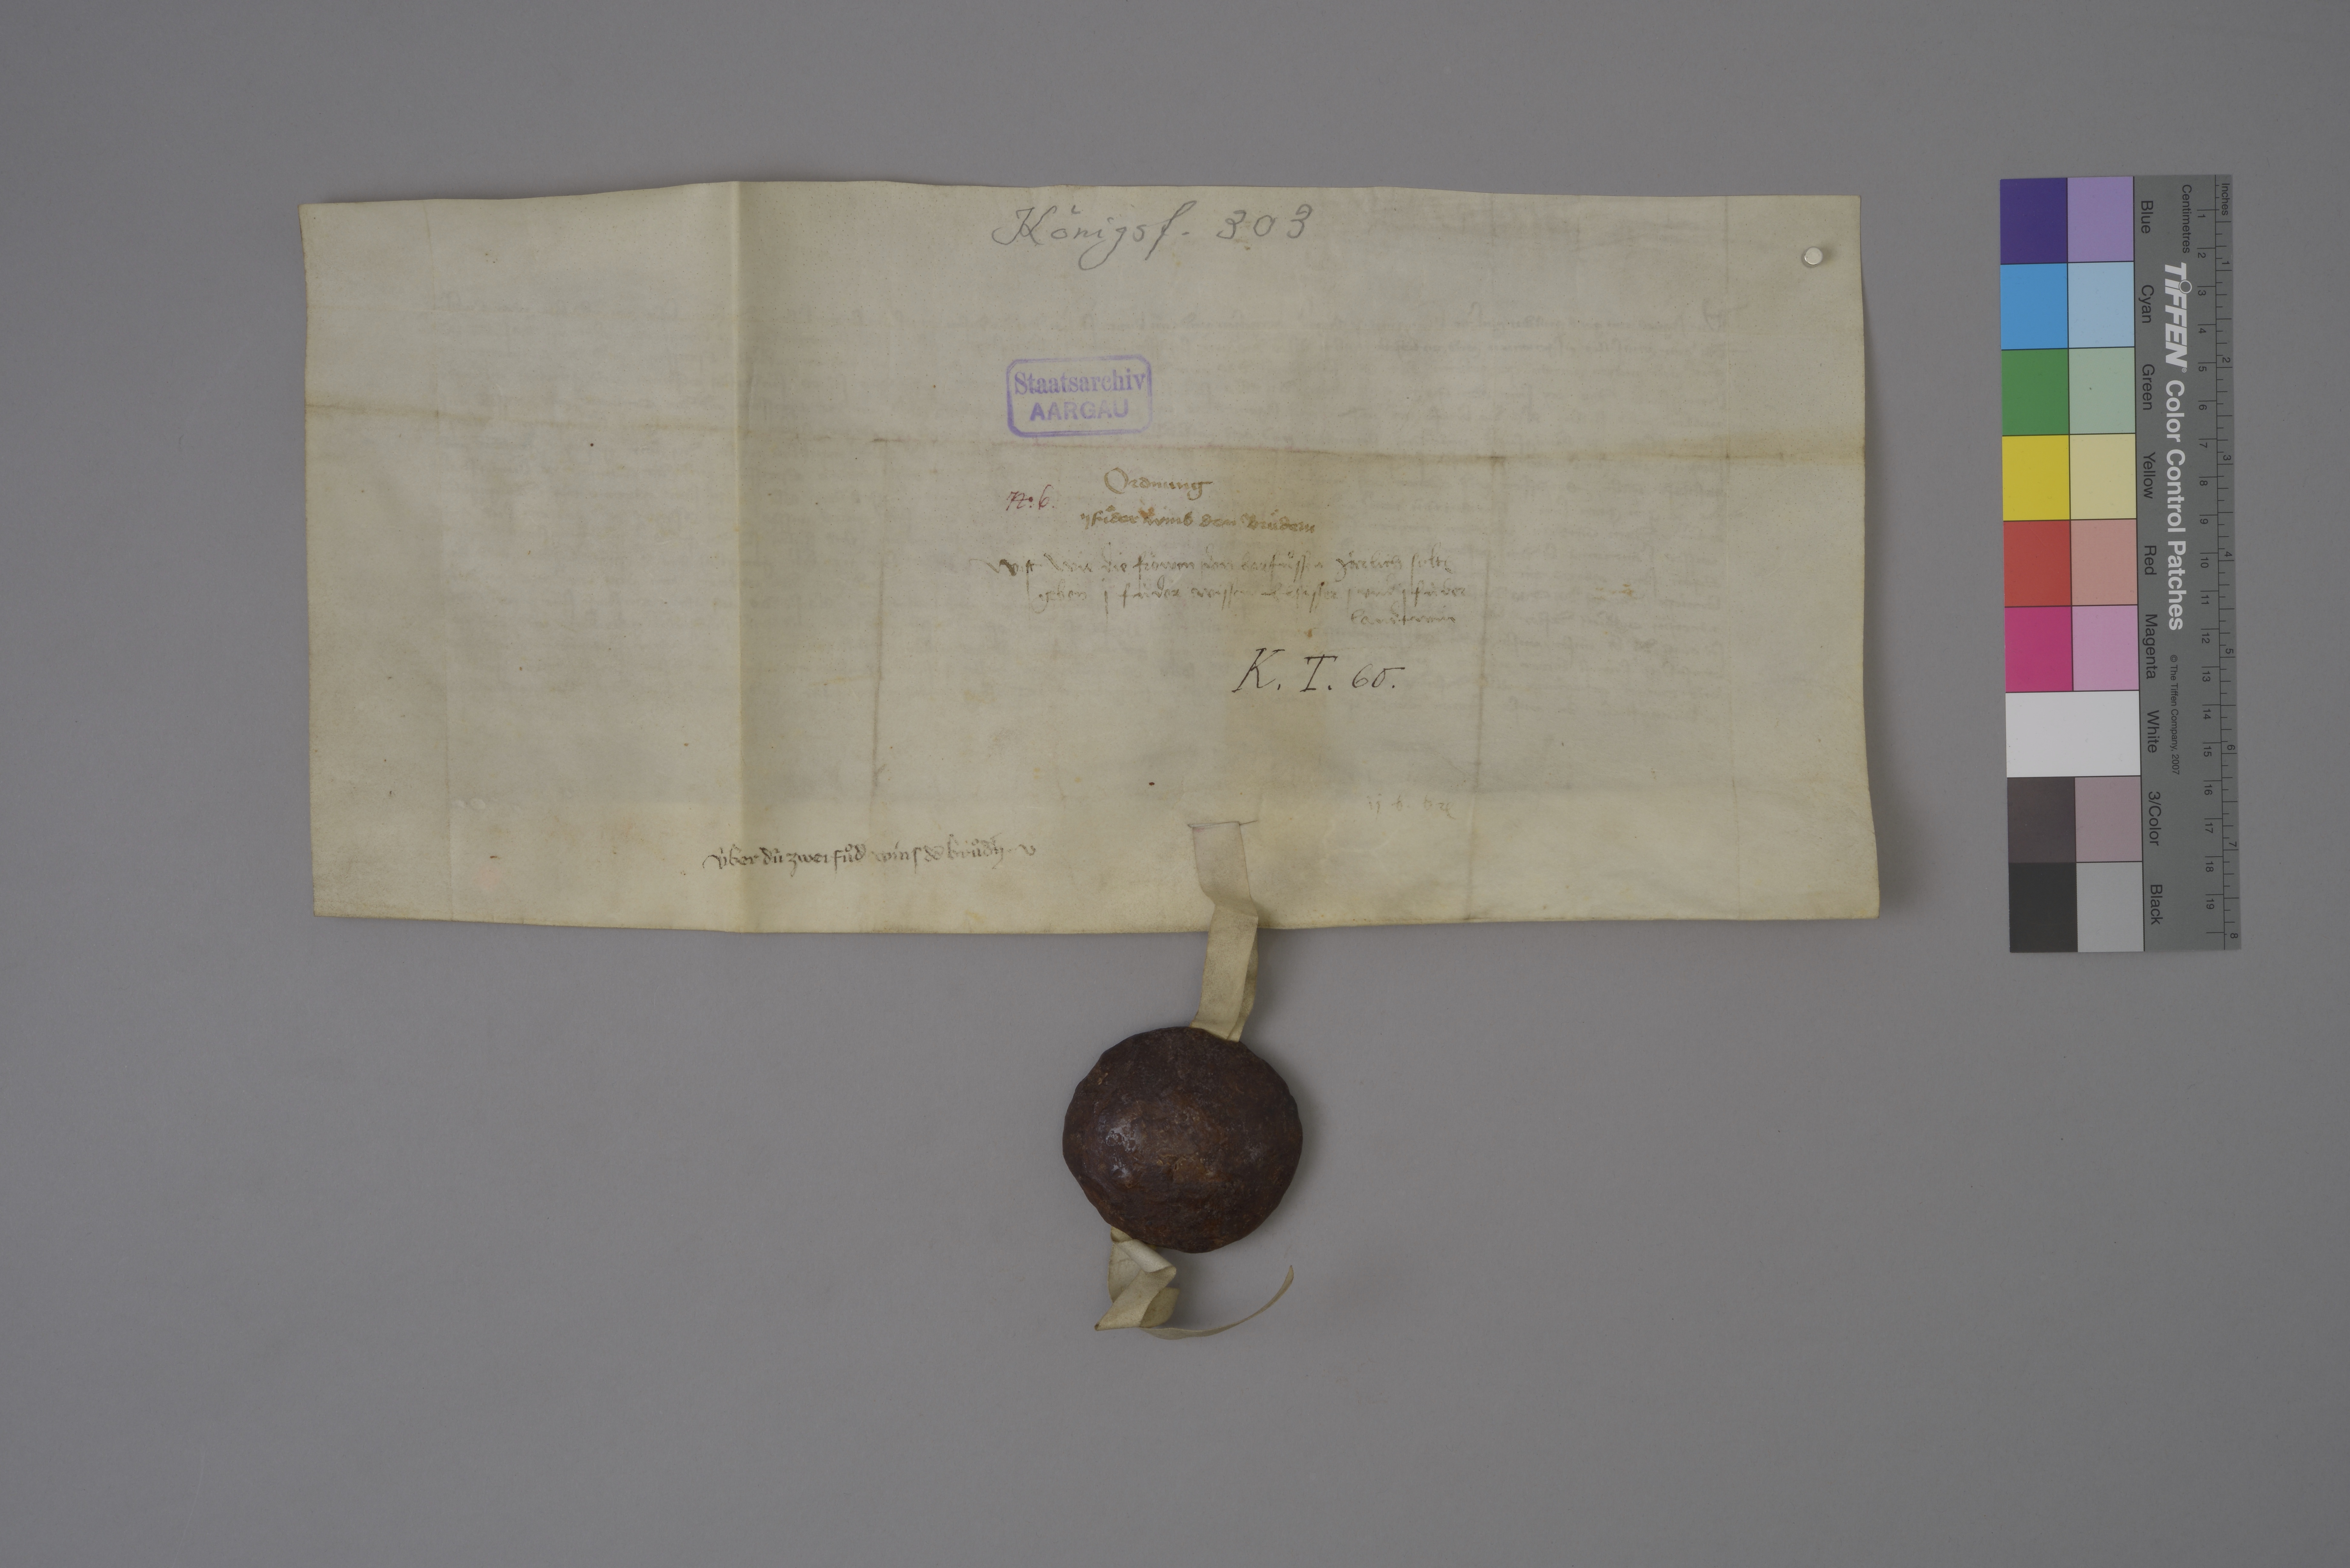
Transcription:
Königsf. 303

Staatsarchiv
AARGAU

ordnung
ij fuͦder wins den bruͤdern

Nͦ✳ 6 ✳

wist wie die froͤwen ✳ den Barfuͦssen jaͤrlich solt₎
geben j fùder wissen elsaͤsser ✳ und j fùder
landtwin

K ✳ T ✳ 60 ✳

ij b ✳ br₎

ùber dù zwei fuͦdˀ wins dē bruͦdˀn ✳ v